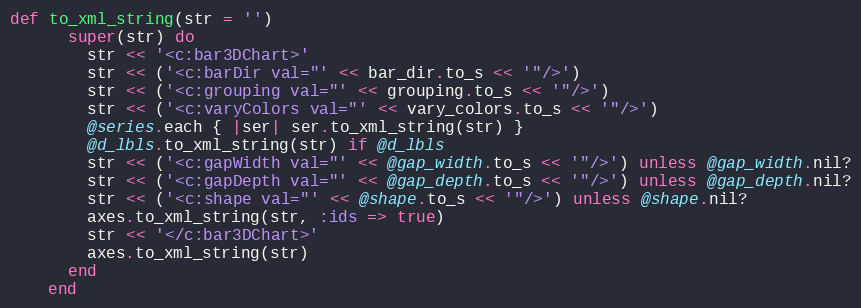
Language: Ruby
def to_xml_string(str = '')
      super(str) do
        str << '<c:bar3DChart>'
        str << ('<c:barDir val="' << bar_dir.to_s << '"/>')
        str << ('<c:grouping val="' << grouping.to_s << '"/>')
        str << ('<c:varyColors val="' << vary_colors.to_s << '"/>')
        @series.each { |ser| ser.to_xml_string(str) }
        @d_lbls.to_xml_string(str) if @d_lbls
        str << ('<c:gapWidth val="' << @gap_width.to_s << '"/>') unless @gap_width.nil?
        str << ('<c:gapDepth val="' << @gap_depth.to_s << '"/>') unless @gap_depth.nil?
        str << ('<c:shape val="' << @shape.to_s << '"/>') unless @shape.nil?
        axes.to_xml_string(str, :ids => true)
        str << '</c:bar3DChart>'
        axes.to_xml_string(str)
      end
    end